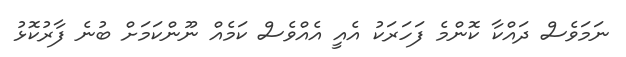
ނަމަވެސް ދައްކާ ކޮންމެ ފަހަރަކު އެއީ އެއްވެސް ކަމެއް ނޫންކަމަށް ބުނެ ފާރުކޮޅު